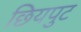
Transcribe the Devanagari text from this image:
छियपुट